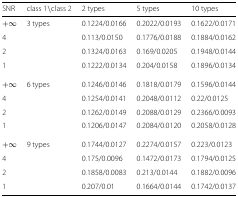
<table><thead><tr><td><b>SNR</b></td><td><b>class 1 ∖class 2</b></td><td><b>2 types</b></td><td><b>5 types</b></td><td><b>10 types</b></td></tr></thead><tbody><tr><td>+<i>∞</i></td><td>3 types</td><td>0.1224/0.0166</td><td>0.2022/0.0193</td><td>0.1622/0.0171</td></tr><tr><td>4</td><td></td><td>0.113/0.0150</td><td>0.1776/0.0188</td><td>0.1884/0.0162</td></tr><tr><td>2</td><td></td><td>0.1324/0.0163</td><td>0.169/0.0205</td><td>0.1948/0.0144</td></tr><tr><td>1</td><td></td><td>0.1222/0.0134</td><td>0.204/0.0158</td><td>0.1896/0.0134</td></tr><tr><td>+<i>∞</i></td><td>6 types</td><td>0.1246/0.0146</td><td>0.1818/0.0179</td><td>0.1596/0.0144</td></tr><tr><td>4</td><td></td><td>0.1254/0.0141</td><td>0.2048/0.0112</td><td>0.22/0.0125</td></tr><tr><td>2</td><td></td><td>0.1262/0.0149</td><td>0.2088/0.0129</td><td>0.2366/0.0093</td></tr><tr><td>1</td><td></td><td>0.1206/0.0147</td><td>0.2084/0.0120</td><td>0.2058/0.0128</td></tr><tr><td>+<i>∞</i></td><td>9 types</td><td>0.1744/0.0127</td><td>0.2274/0.0157</td><td>0.223/0.0123</td></tr><tr><td>4</td><td></td><td>0.175/0.0096</td><td>0.1472/0.0173</td><td>0.1794/0.0125</td></tr><tr><td>2</td><td></td><td>0.1858/0.0083</td><td>0.213/0.0144</td><td>0.1882/0.0096</td></tr><tr><td>1</td><td></td><td>0.207/0.01</td><td>0.1664/0.0144</td><td>0.1742/0.0137</td></tr></tbody></table>